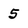
Character: 5